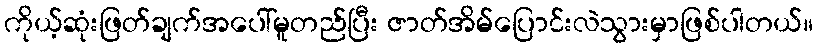
ကိုယ့်ဆုံးဖြတ်ချက်အပေါ်မူတည်ပြီး ဇာတ်အိမ်ပြောင်းလဲသွားမှာဖြစ်ပါတယ်။